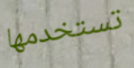
تستخدمها